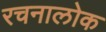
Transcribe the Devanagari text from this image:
रचनालोक